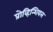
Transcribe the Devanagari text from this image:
प्रोव्हिन्शियल